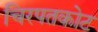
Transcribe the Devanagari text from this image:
चिरपतकोट